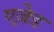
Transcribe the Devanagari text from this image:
एज़ेड